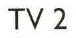
TV 2